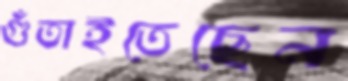
গুঁতাইতেছেন